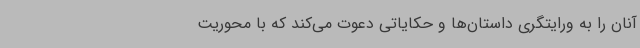
آنان را به ورایتگری داستان‌ها و حکایاتی دعوت می‌کند که با محوریت